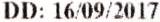
DD: 16/09/2017